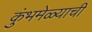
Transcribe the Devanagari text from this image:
कुंभमेळ्याची